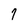
Character: 7